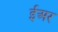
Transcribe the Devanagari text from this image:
ईअर